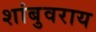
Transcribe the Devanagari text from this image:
शांबुवराय